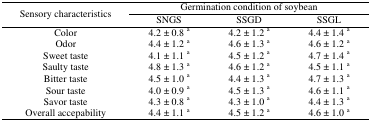
<table><thead><tr><td rowspan="3"><b>Sensory characteristics</b></td><td colspan="3"><b>Germination condition of soybean</b></td></tr><tr><td><b>SNGS</b></td><td><b>SSGD</b></td><td><b>SSGL</b></td></tr></thead><tbody><tr><td>Color</td><td>4.2 ± 0.8 <sup>a</sup></td><td>4.2 ± 1.2 <sup>a</sup></td><td>4.4 ± 1.4 <sup>a</sup></td></tr><tr><td>Odor</td><td>4.4 ± 1.2 <sup>a</sup></td><td>4.6 ± 1.3 <sup>a</sup></td><td>4.6 ± 1.2 <sup>a</sup></td></tr><tr><td>Sweet taste</td><td>4.1 ± 1.1 <sup>a</sup></td><td>4.5 ± 1.2 <sup>a</sup></td><td>4.7 ± 1.4 <sup>a</sup></td></tr><tr><td>Saulty taste</td><td>4.8 ± 1.3 <sup>a</sup></td><td>4.6 ± 1.2 <sup>a</sup></td><td>4.5 ± 1.1 <sup>a</sup></td></tr><tr><td>Bitter taste</td><td>4.5 ± 1.0 <sup>a</sup></td><td>4.4 ± 1.3 <sup>a</sup></td><td>4.7 ± 1.3 <sup>a</sup></td></tr><tr><td>Sour taste</td><td>4.0 ± 0.9 <sup>a</sup></td><td>4.5 ± 1.3 <sup>a</sup></td><td>4.6 ± 1.1 <sup>a</sup></td></tr><tr><td>Savor taste</td><td>4.3 ± 0.8 <sup>a</sup></td><td>4.3 ± 1.0 <sup>a</sup></td><td>4.4 ± 1.3 <sup>a</sup></td></tr><tr><td>Overall accepability</td><td>4.4 ± 1.1 <sup>a</sup></td><td>4.5 ± 1.2 <sup>a</sup></td><td>4.6 ± 1.0 <sup>a</sup></td></tr></tbody></table>